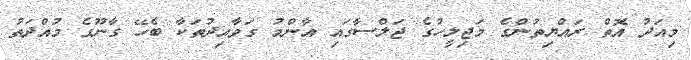
މިއަދު އޮތް ރައްޔިތުންގެ މަޖިލީހުގެ ޖަލްސާގައި އާންމު ގަވާއިދުތަކާ ބެހޭ ގާނޫގެ މުއްދަތު